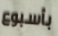
بأسبوع